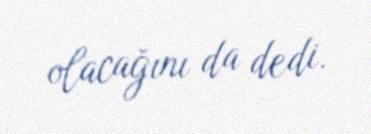
olacağını da dedi.